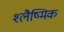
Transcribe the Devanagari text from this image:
श्‍लैष्‍मिक